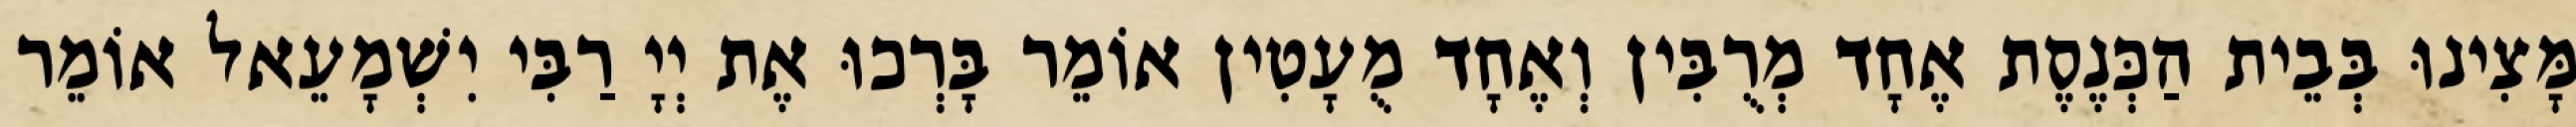
מָּצִינוּ בְּבֵית הַכְּנֶסֶת אֶחָד מְרֻבִּין וְאֶחָד מֻעָטִין אוֹמֵר בָּרְכוּ אֶת יְיָ רַבִּי יִשְׁמָעֵאל אוֹמֵר